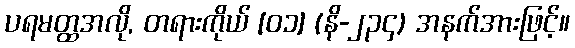
ပရမတ္ထအလို, တရားကိုယ် [၀၁] (နိ-၂၃၄) အနက်အားဖြင့်။